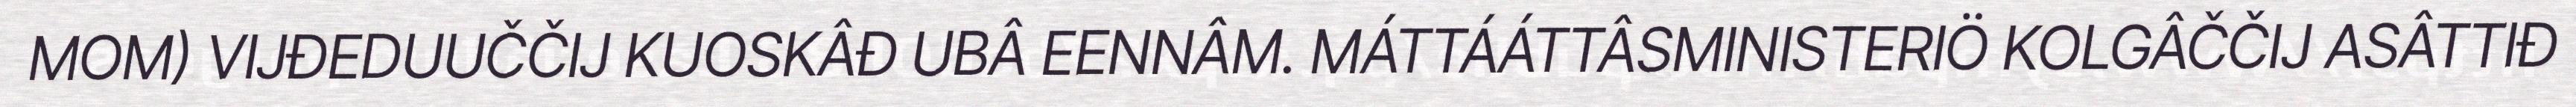
MOM) VIJĐEDUUČČIJ KUOSKÂĐ UBÂ EENNÂM. MÁTTÁÁTTÂSMINISTERIÖ KOLGÂČČIJ ASÂTTIĐ